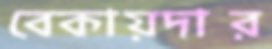
বেকায়দার